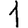
Digit: 1